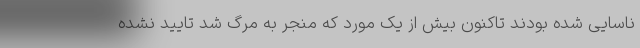
ناسایی شده بودند تاکنون بیش از یک مورد که منجر به مرگ شد تایید نشده